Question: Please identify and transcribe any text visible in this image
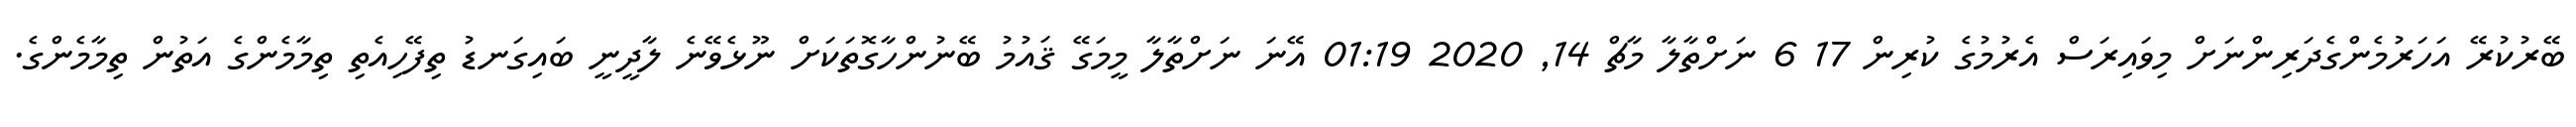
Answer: ބޭރުކުރޭ އަހަރުމެންގެދަރިންނަށް މިވައިރަސް އެރުމުގެ ކުރިން 17 6 ނަށްތާލާ މާޗް 14, 2020 01:19 އޭނަ ނަށްތާލާ މީމަގޭ ޤައުމު ބޭނުންހާގޮތަކަށް ނޫޅެވޭނެ ލާދީނީ ބައިގަނޑު ތިފޭހިއެތި ތިމާމެންގެ އަތުން ތިމާމެންގެ.